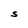
Character: S